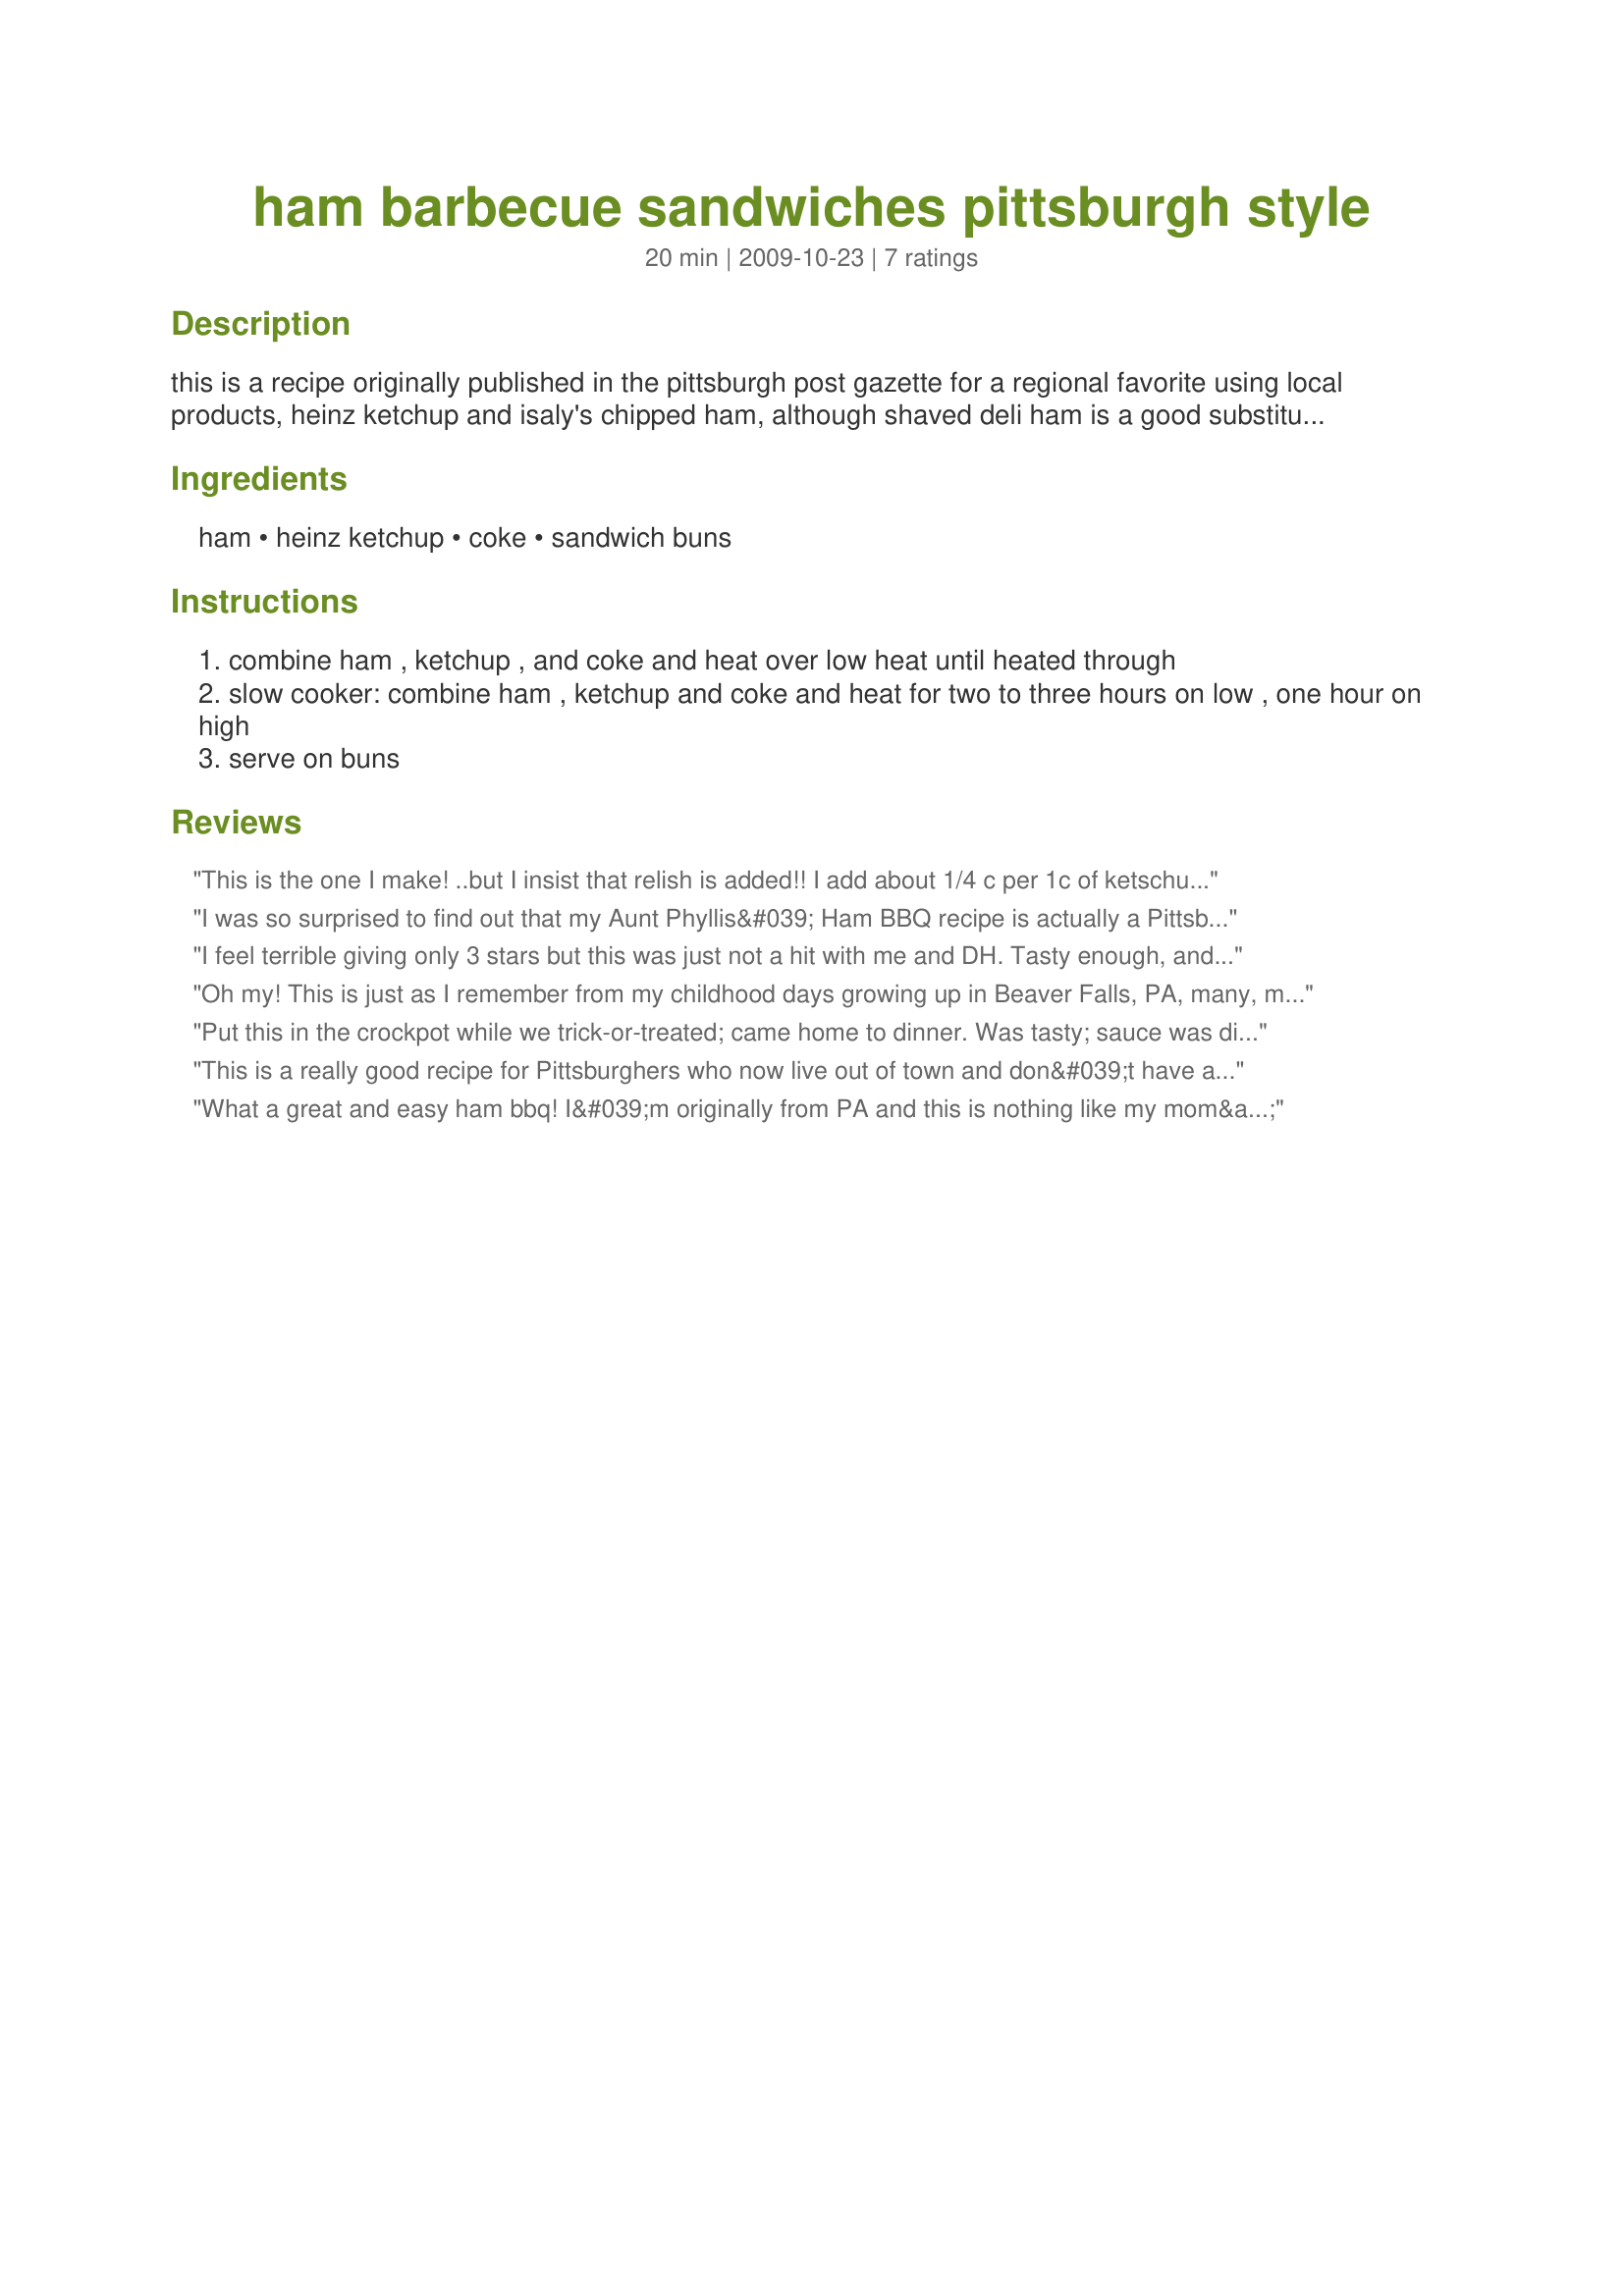
ham barbecue sandwiches pittsburgh style
Preparation time: 20 minutes

this is a recipe originally published in the pittsburgh post gazette for a regional favorite using local products, heinz ketchup and isaly's chipped ham, although shaved deli ham is a good substitute. this is a quick and easy crowd pleaser that can be doubled or tripled. this is a favorite on football sundays watching our favorite team, the pittsburgh steelers. they are great fresh or reheated.

Ingredients:
ham, heinz ketchup, coke, sandwich buns

Steps:
combine ham , ketchup , and coke and heat over low heat until heated through
slow cooker: combine ham , ketchup and coke and heat for two to three hours on low , one hour on high
serve on buns

Reviews:
This is the one I make! ..but I insist that relish is added!! I add about 1/4 c per 1c of ketschup to give it that 'tang'!
I was so surprised to find out that my Aunt Phyllis&#039; Ham BBQ recipe is actually a Pittsburgh recipe. (Since she is from Pittsburgh. I used to visit there as a child and loved these. ) But her recipe was a little different and totally yummy. She couldn&#039;t believe I asked for it years later. She used chipped ham, 1 bottle ketchup and 1 bottle Heinz chili sauce. Just simmered it all together and served on hamburger buns. My mouth is watering now!
I feel terrible giving only 3 stars but this was just not a hit with me and DH. Tasty enough, and a nice different sweet taste but I probably won't be making it again. I'd prefer more of a BBQ taste
Oh my! This is just as I remember from my childhood days growing up in Beaver Falls, PA, many, many years ago! I am so happy to find this recipe. It as been a very long time since I have had one of these sandwiches, but I promise it will be a regular at my house from now on. Thank you for bringing back a memory from my childhood.
Put this in the crockpot while we trick-or-treated; came home to dinner. Was tasty; sauce was different in a good way. Used shaved honey ham from the deli. Served on 'slider' sized white, wheat and rye rolls. Good for potlucks or get togethers. Made for My-3-Chefs 2009.
This is a really good recipe for Pittsburghers who now live out of town and don&#039;t have access to Isaly&#039;s chipped ham and sauce. Luckily, where I am now there is a Giant Eagle that carries Isaly&#039;s! I was able to introduce my Jersey Boy husband to these...he has been to culinary school and kind of turned his nose up while I was making them but he ate more than one sandwich! A definite taste from childhood and home.
What a great and easy ham bbq! I&#039;m originally from PA and this is nothing like my mom&#039;s ham bbq recipe but I was looking forward to trying it and I&#039;m glad I did - it&#039;s terrific! I did use my mom&#039;s method of stirring the ham into the sauce one slice at a time - it really helps to make sure each piece is well coated and all that salty goodness cooks into the sauce. Served this on homemade bread and really enjoyed - thanks for sharing your recipe! Made for Spring Pick-A-Chef 2013
